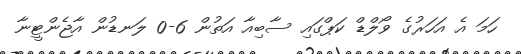
ހަމަ އެ އަހަރުގެ ވޯލްޑް ކަޕްގައި ސާބިއާ އަތުން 6-0 ލަނޑުން އާޖެންޓީނާ